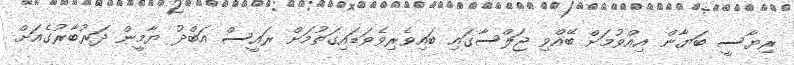
ރިޔާސީ ބަޔާން އިއްވުމަށް ބޭއްވި ޖަލްސާގައި ބައިވެރިވެވަޑައިގަތުމަށް ރައީސް އަބްދު ޔާމީން ދަރުބާރުގެއަށް